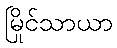
မြိုင်သာယာ